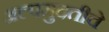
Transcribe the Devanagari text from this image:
अल्पमुदतीचे